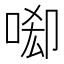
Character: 𠴷